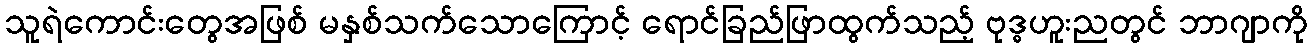
သူရဲကောင်းတွေအဖြစ် မနှစ်သက်သောကြောင့် ရောင်ခြည်ဖြာထွက်သည့် ဗုဒ္ဓဟူးညတွင် ဘာဂျာကို